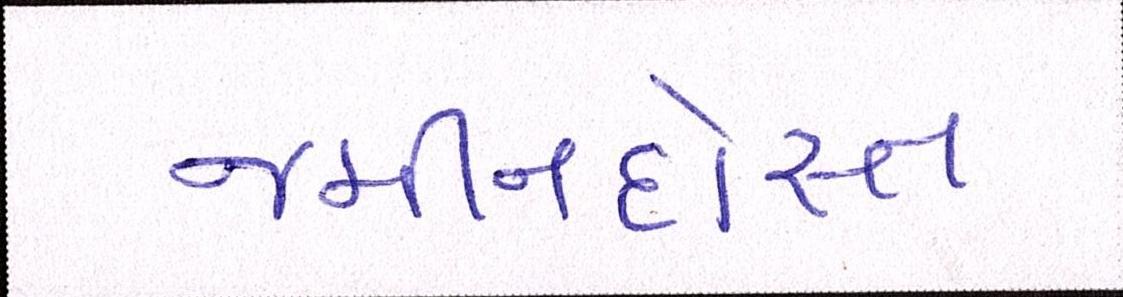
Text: જમીનદોસ્ત